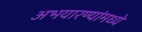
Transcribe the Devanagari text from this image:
अभयारण्यांमध्ये